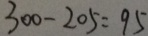
3 0 0 - 2 0 5 = 9 5